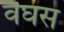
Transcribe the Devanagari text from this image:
वैघस